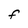
Character: F